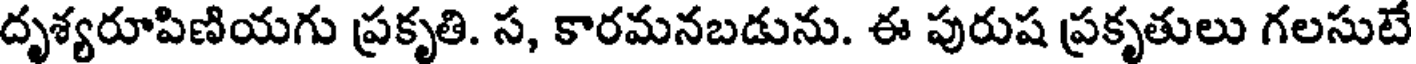
దృశ్యరూపిణియగు ప్రకృతి. స, కారమనబడును. ఈ పురుష ప్రకృతులు గలసుటే